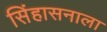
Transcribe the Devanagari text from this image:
सिंहासनाला